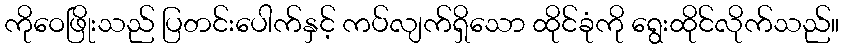
ကိုဝေဖြိုးသည် ပြတင်းပေါက်နှင့် ကပ်လျက်ရှိသော ထိုင်ခုံကို ရွေးထိုင်လိုက်သည်။